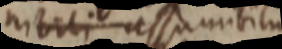
nituli assumbit